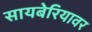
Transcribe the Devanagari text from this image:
सायबेरियावर